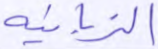
الزبانية